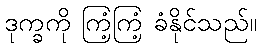
ဒုက္ခကို ကြံ့ကြံ့ ခံနိုင်သည်။